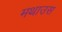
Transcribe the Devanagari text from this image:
मथाउस